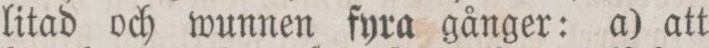
litad och wunnen fyra gånger: a) att